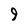
Character: 9